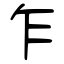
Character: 乍